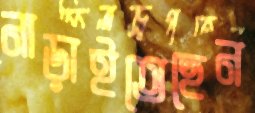
নাড়াইতেছেন